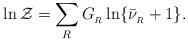
LaTeX: \begin{align*}\ln {\cal Z}=\sum_R G_{_R}\ln\{\bar\nu_{_R}+1\} .\end{align*}